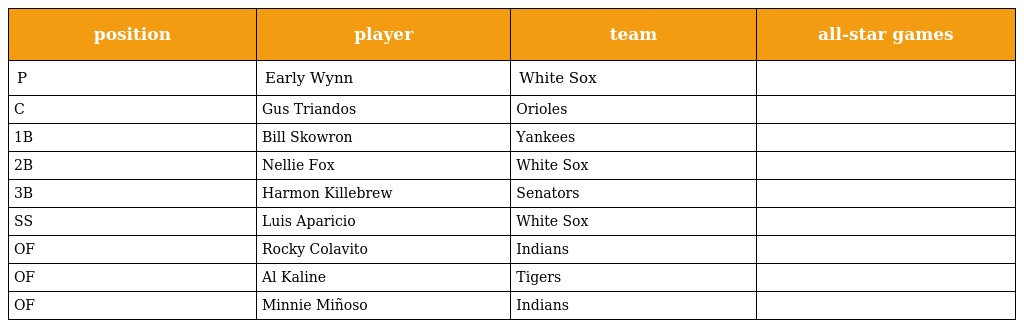
| position | player | team | all-star games |
 | --- | --- | --- | --- |
 | P | Early Wynn | White Sox |  |
 | C | Gus Triandos | Orioles |  |
 | 1B | Bill Skowron | Yankees |  |
 | 2B | Nellie Fox | White Sox |  |
 | 3B | Harmon Killebrew | Senators |  |
 | SS | Luis Aparicio | White Sox |  |
 | OF | Rocky Colavito | Indians |  |
 | OF | Al Kaline | Tigers |  |
 | OF | Minnie Miñoso | Indians |  |